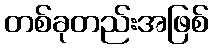
တစ်ခုတည်းအဖြစ်